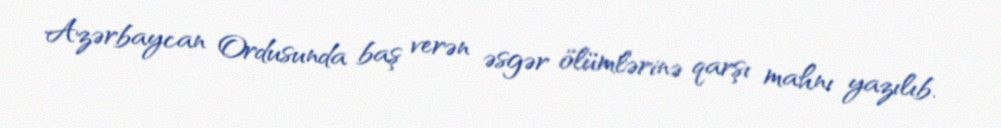
Azərbaycan Ordusunda baş verən əsgər ölümlərinə qarşı mahnı yazılıb.